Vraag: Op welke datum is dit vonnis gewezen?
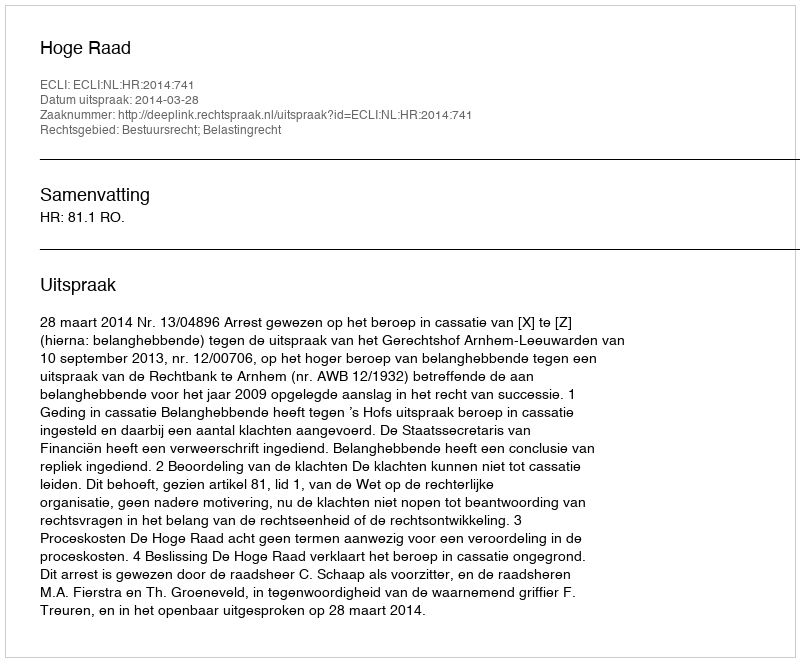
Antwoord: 2014-03-28